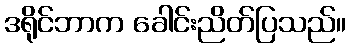
ဒရိုင်ဘာက ခေါင်းညိတ်ပြသည်။